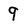
Character: 9